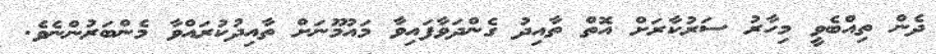
ދެން ތިއްބެވީ މިހާރު ސަރުކާރަށް އޮތް ތާއިދު ގެންދަވާފައިވާ މައުމޫނަށް ތާއިދުކުރައްވާ މެންބަރުންނެވެ.